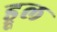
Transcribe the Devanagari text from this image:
ड्रूल